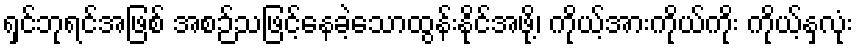
ရှင်ဘုရင်အဖြစ် အစဉ်သဖြင့်နေခဲ့သောထွန်းနိုင်အဖို့၊ ကိုယ့်အားကိုယ်ကိုး ကိုယ့်နှလုံး